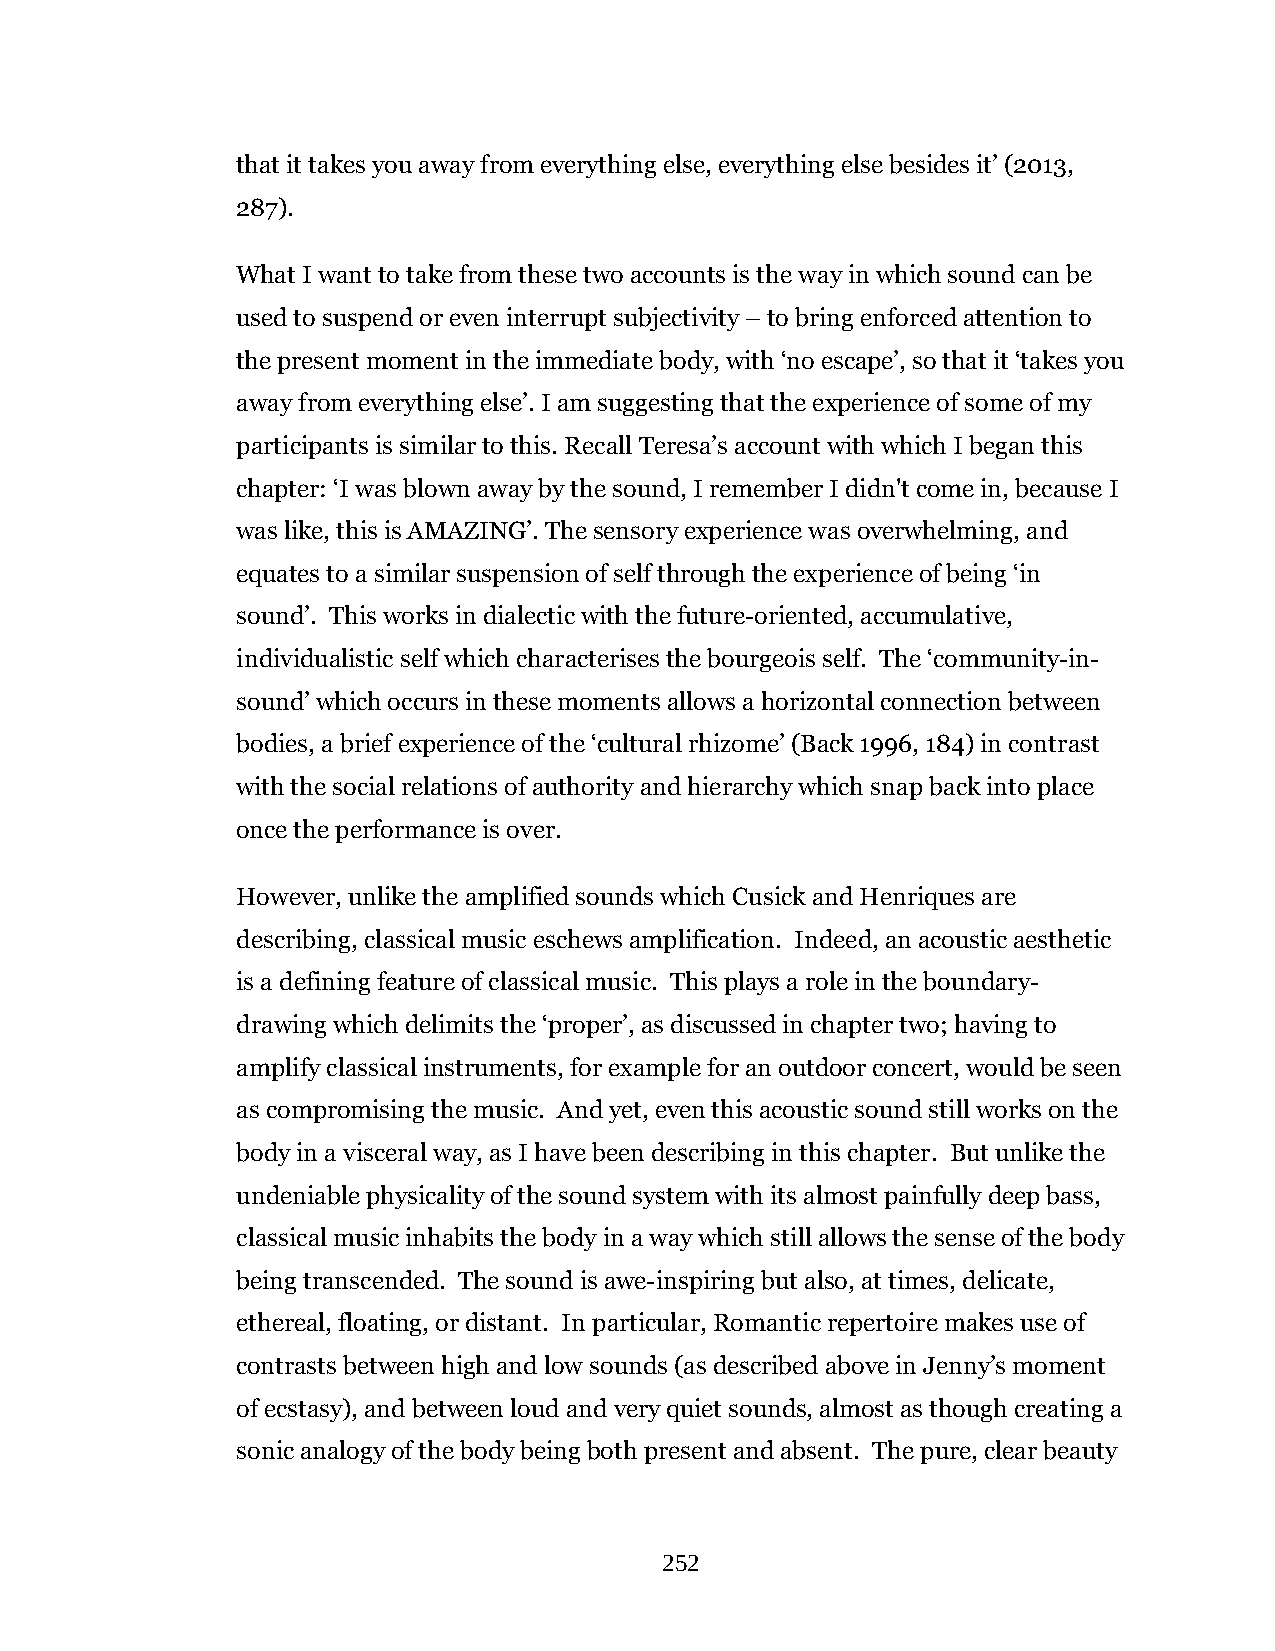
that it takes you away from everything else, everything else besides it’ (2013,
 287).
 What I want to take from these two accounts is the way in which sound can be
 used to suspend or even interrupt subjectivity – to bring enforced attention to
 the present moment in the immediate body, with ‘no escape’, so that it ‘takes you
 away from everything else’. I am suggesting that the experience of some of my
 participants is similar to this. Recall Teresa’s account with which I began this
 chapter: ‘I was blown away by the sound, I remember I didn't come in, because I
 was like, this is AMAZING’. The sensory experience was overwhelming, and
 equates to a similar suspension of self through the experience of being ‘in
 sound’. This works in dialectic with the future-oriented, accumulative,
 individualistic self which characterises the bourgeois self. The ‘community-in-
 sound’ which occurs in these moments allows a horizontal connection between
 bodies, a brief experience of the ‘cultural rhizome’ (Back 1996, 184) in contrast
 with the social relations of authority and hierarchy which snap back into place
 once the performance is over.
 However, unlike the amplified sounds which Cusick and Henriques are
 describing, classical music eschews amplification. Indeed, an acoustic aesthetic
 is a defining feature of classical music. This plays a role in the boundary-
 drawing which delimits the ‘proper’, as discussed in chapter two; having to
 amplify classical instruments, for example for an outdoor concert, would be seen
 as compromising the music. And yet, even this acoustic sound still works on the
 body in a visceral way, as I have been describing in this chapter. But unlike the
 undeniable physicality of the sound system with its almost painfully deep bass,
 classical music inhabits the body in a way which still allows the sense of the body
 being transcended. The sound is awe-inspiring but also, at times, delicate,
 ethereal, floating, or distant. In particular, Romantic repertoire makes use of
 contrasts between high and low sounds (as described above in Jenny’s moment
 of ecstasy), and between loud and very quiet sounds, almost as though creating a
 sonic analogy of the body being both present and absent. The pure, clear beauty
 252